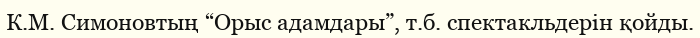
К.М. Симоновтың “Орыс адамдары”, т.б. спектакльдерін қойды.